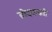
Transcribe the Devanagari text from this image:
ब्रीदवाक्यी